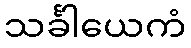
သင်္ခါယေကံ